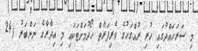
މި ސަރަހައްދުގައި ހުރި ރުއްގަހުގެ ވެރިފަރާތް ހޯދުމަށްޓަކައި މި އިދާރާގެ ނަންބަރު (24